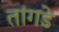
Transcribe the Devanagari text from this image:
तांगडे